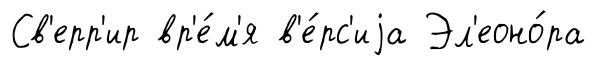
Св'ерр'ир вр'е́м'я в'е́рс'иjа Эл'еоно́ра